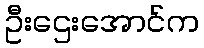
ဦးဌေးအောင်က